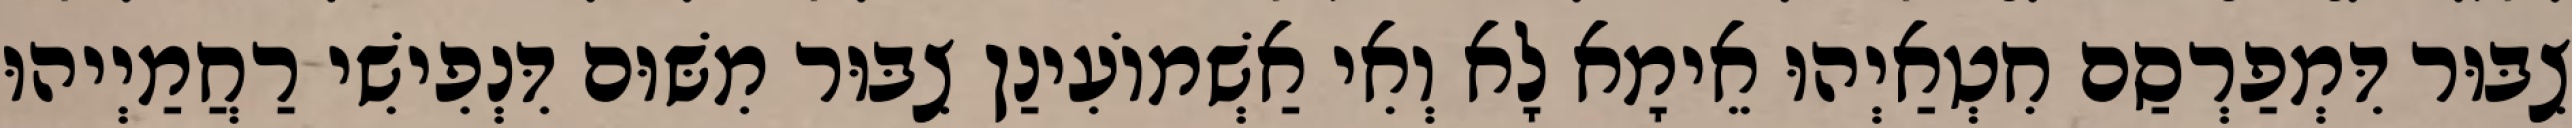
צִבּוּר דִּמְפַרְסַם חִטְאַיְהוּ אֵימָא לָא וְאִי אַשְׁמוֹעִינַן צִבּוּר מִשּׁוּם דִּנְפִישִׁי רַחֲמַיְיהוּ